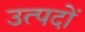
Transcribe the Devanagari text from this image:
उत्पदों